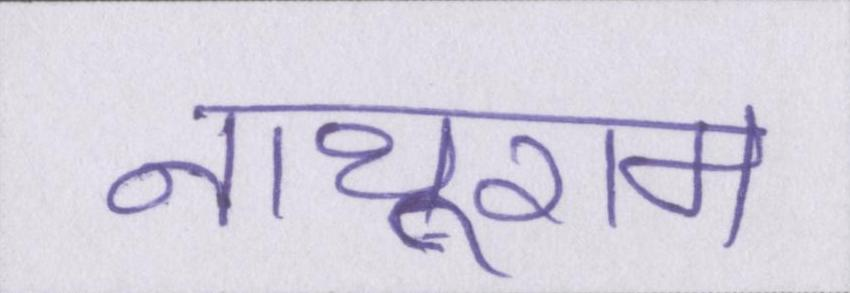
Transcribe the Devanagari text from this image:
नाथूराम